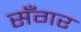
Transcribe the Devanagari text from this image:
सॅंगर